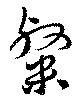
粲